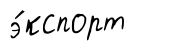
э́кспорт